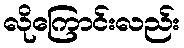
လိုကြောင်းလည်း